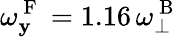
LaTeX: \omega_{\mathbf{y}}^{\mathrm{{~F~}}}=1.16\, \omega_{\perp}^{\mathrm{{~B~}}}